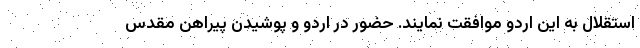
استقلال به این اردو موافقت نمایند. حضور در اردو و پوشیدن پیراهن مقدس